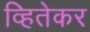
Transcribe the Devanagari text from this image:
व्हितेकर